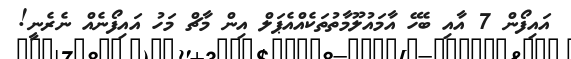
އައިފޯން 7 އާއި ބެހޭ އާމައުލޫމާތުތަކެއްއެޕަލް އިން މާޗް މަހު އައިފޯނެއް ނެރެނީ!